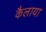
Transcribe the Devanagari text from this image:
कैलाया